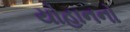
યોહાનનો